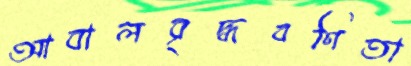
আবালবৃদ্ধবণিতা